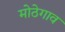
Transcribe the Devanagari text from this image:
मोठेगाव